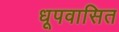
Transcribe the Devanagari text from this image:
धूपवासित